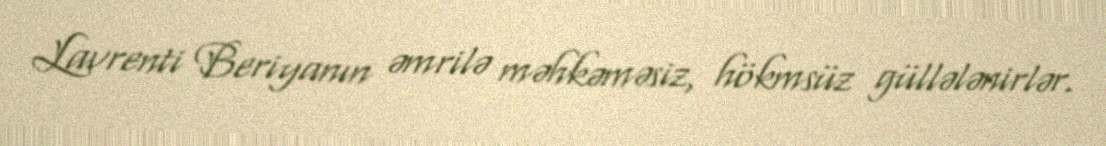
Lavrenti Beriyanın əmrilə məhkəməsiz, hökmsüz güllələnirlər.